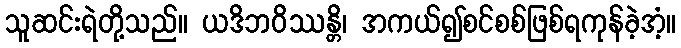
သူဆင်းရဲတို့သည်။ ယဒိဘဝိဿန္တိ၊ အကယ်၍စင်စစ်ဖြစ်ရကုန်ခဲ့အံ့။